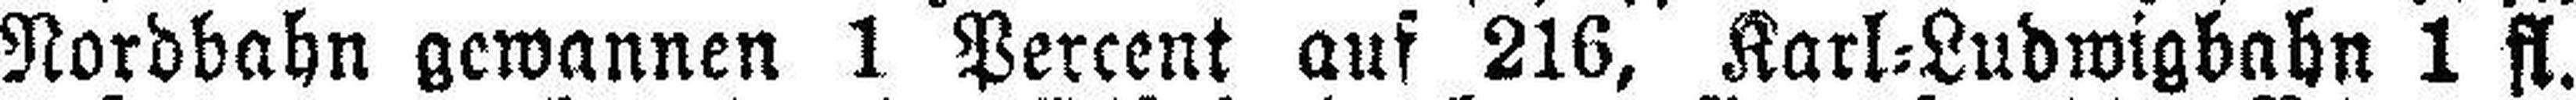
Nordbahn gewannen 1 Percent auf 216, Karl=Ludwigbahn 1 fl.